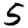
Digit: 5